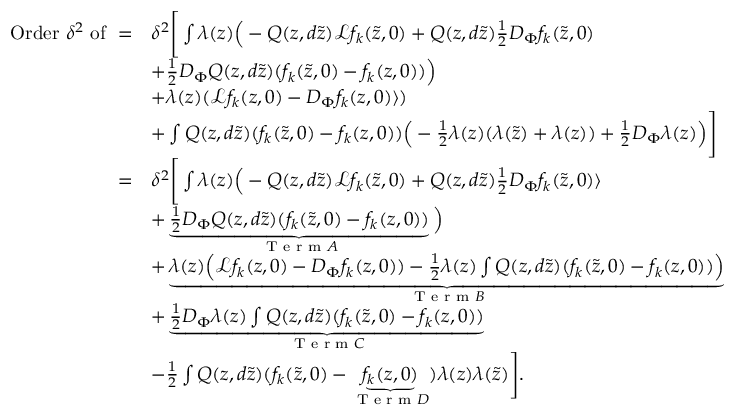
\begin{array} { r l } { \mathrm { O r d e r ~ } \delta ^ { 2 } \mathrm { ~ o f ~ } = } & { \delta ^ { 2 } \Bigg [ \int \lambda ( z ) \Big ( - Q ( z , d \tilde { z } ) \mathcal { L } f _ { k } ( \tilde { z } , 0 ) + Q ( z , d \tilde { z } ) \frac { 1 } { 2 } D _ { \Phi } f _ { k } ( \tilde { z } , 0 ) } \\ & { + \frac { 1 } { 2 } D _ { \Phi } Q ( z , d \tilde { z } ) ( f _ { k } ( \tilde { z } , 0 ) - f _ { k } ( z , 0 ) ) \Big ) } \\ & { + \lambda ( z ) ( \mathcal { L } f _ { k } ( z , 0 ) - D _ { \Phi } f _ { k } ( z , 0 ) \rangle ) } \\ & { + \int Q ( z , d \tilde { z } ) ( f _ { k } ( \tilde { z } , 0 ) - f _ { k } ( z , 0 ) ) \Big ( - \frac { 1 } { 2 } \lambda ( z ) ( \lambda ( \tilde { z } ) + \lambda ( z ) ) + \frac { 1 } { 2 } D _ { \Phi } \lambda ( z ) \Big ) \Bigg ] } \\ { = } & { \delta ^ { 2 } \Bigg [ \int \lambda ( z ) \Big ( - Q ( z , d \tilde { z } ) \mathcal { L } f _ { k } ( \tilde { z } , 0 ) + Q ( z , d \tilde { z } ) \frac { 1 } { 2 } D _ { \Phi } f _ { k } ( \tilde { z } , 0 ) \rangle } \\ & { + \underbrace { \frac { 1 } { 2 } D _ { \Phi } Q ( z , d \tilde { z } ) ( f _ { k } ( \tilde { z } , 0 ) - f _ { k } ( z , 0 ) ) } _ { \textnormal { T e r m } A } \Big ) } \\ & { + \underbrace { \lambda ( z ) \Big ( \mathcal { L } f _ { k } ( z , 0 ) - D _ { \Phi } f _ { k } ( z , 0 ) ) - \frac { 1 } { 2 } \lambda ( z ) \int Q ( z , d \tilde { z } ) ( f _ { k } ( \tilde { z } , 0 ) - f _ { k } ( z , 0 ) ) \Big ) } _ { \textnormal { T e r m } B } } \\ & { + \underbrace { \frac { 1 } { 2 } D _ { \Phi } \lambda ( z ) \int Q ( z , d \tilde { z } ) ( f _ { k } ( \tilde { z } , 0 ) - f _ { k } ( z , 0 ) ) } _ { \textnormal { T e r m } C } } \\ & { - \frac { 1 } { 2 } \int Q ( z , d \tilde { z } ) ( f _ { k } ( \tilde { z } , 0 ) - \underbrace { f _ { k } ( z , 0 ) } _ { \textnormal { T e r m } D } ) \lambda ( z ) \lambda ( \tilde { z } ) \Bigg ] . } \end{array}